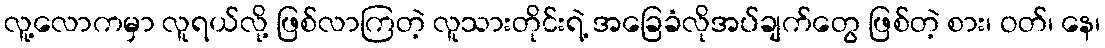
လူ့လောကမှာ လူရယ်လို့ ဖြစ်လာကြတဲ့ လူသားတိုင်းရဲ့ အခြေခံလိုအပ်ချက်တွေ ဖြစ်တဲ့ စား၊ ဝတ်၊ နေ၊